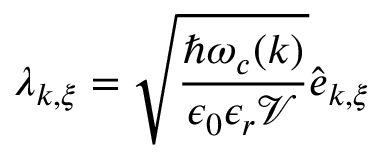
{ \boldsymbol \lambda } _ { { \boldsymbol k } , { \boldsymbol \xi } } = \sqrt { \frac { \hbar \omega _ { c } ( { \boldsymbol k } ) } { { \epsilon _ { 0 } \epsilon _ { r } \mathcal { V } } } } \hat { \boldsymbol e } _ { { \boldsymbol k } , { \boldsymbol \xi } }